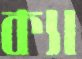
ক্যা